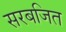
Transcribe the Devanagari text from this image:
सरबजित